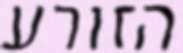
הזורע